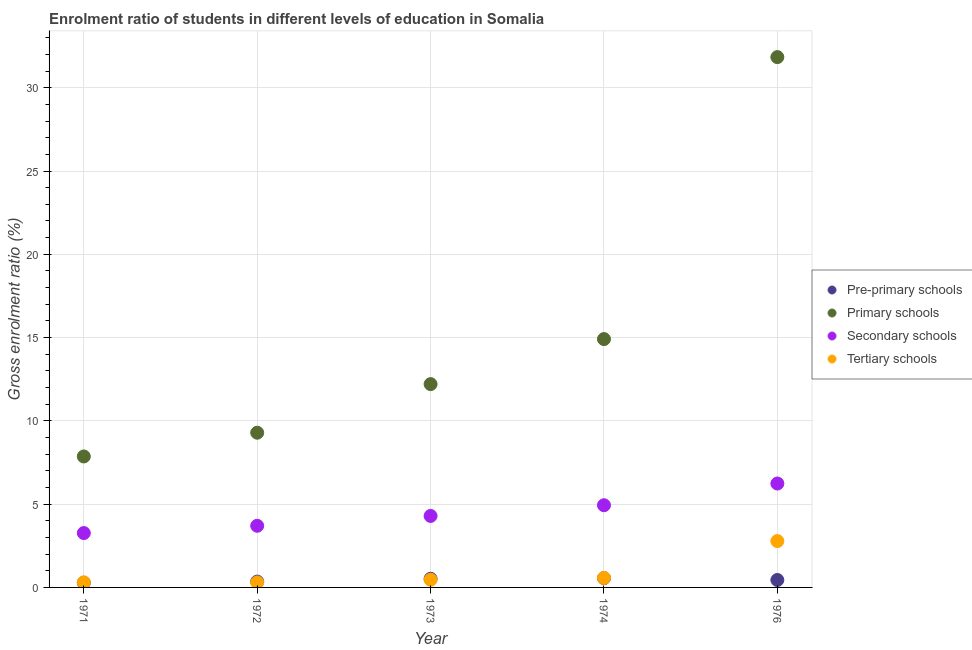
| Year | Pre-primary schools | Primary schools | Secondary schools | Tertiary schools |
 | --- | --- | --- | --- | --- |
 | 1971 | 0.28 | 7.86 | 3.26 | 0.304 |
 | 1972 | 0.35 | 9.29 | 3.7 | 0.299 |
 | 1973 | 0.519 | 12.2 | 4.29 | 0.461 |
 | 1974 | 0.557 | 14.9 | 4.94 | 0.568 |
 | 1976 | 0.447 | 31.8 | 6.24 | 2.78 |